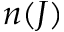
n ( J )